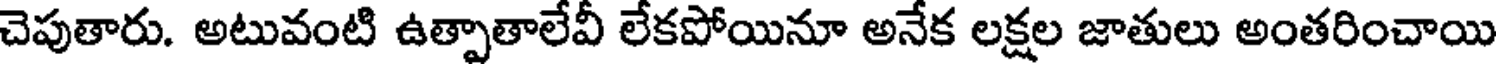
చెపుతారు. అటువంటి ఉత్పాతాలేవీ లేకపోయినూ అనేక లక్షల జాతులు అంతరించాయి